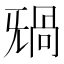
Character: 𣄸